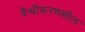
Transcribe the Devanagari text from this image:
वैश्वीकरणशील